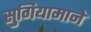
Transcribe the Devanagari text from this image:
सुगियामाने